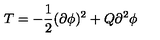
T = - { \frac { 1 } { 2 } } { ( \partial \phi ) ^ { 2 } + Q { \partial } ^ { 2 } \phi }